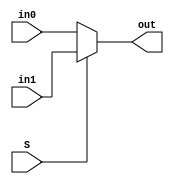
module MUX2to1#(parameter n=64)(input [n-1:0] in0,in1, input S, output [n-1:0] out);
	assign out = (S)?in1:in0;
endmodule